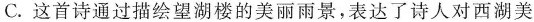
C.这首诗通过描绘望湖楼的美丽雨景，表达了诗人对西湖美